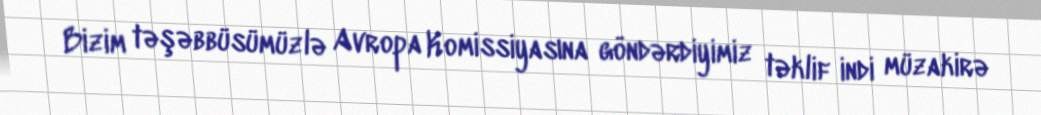
Bizim təşəbbüsümüzlə Avropa Komissiyasına göndərdiyimiz təklif indi müzakirə